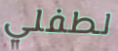
لطفلي